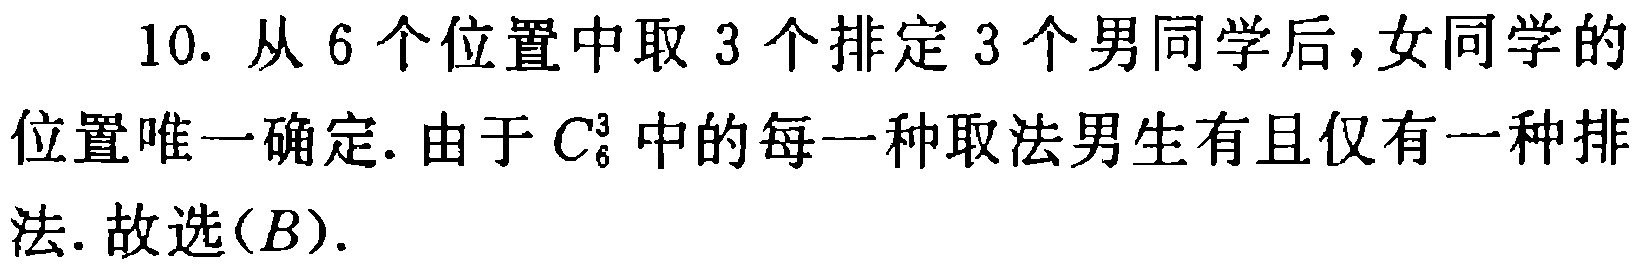
10. 从 6 个位置中取 3 个排定 3 个男同学后，女同学的位置唯一确定. 由于 \(C_{6}^{3}\) 中的每一种取法男生有且仅有一种排法. 故选\((B)\).